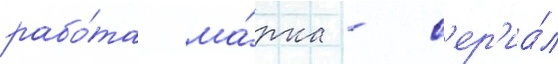
рабо́та ма́рка - с'ер'иа́л